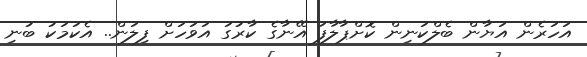
އަހަރެން އަޔާން ބެލްކަނިން ކޮށްޕާލާފަ އޭނާގެ ކާރުގަ އަވަހަށް ފިލަން.. އެކަމަކު ބުނި